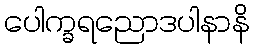
ပေါက္ခရညောဒပါနာနိ